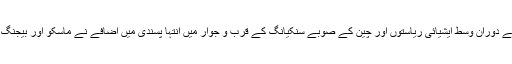
گزشتہ دو سال کے دوران وسط ایشیائی ریاستوں اور چین کے صوبے سنکیانگ کے قرب و جوار میں انتہا پسندی میں اضافے نے ماسکو اور بیجنگ کو چوکنا کردیا۔